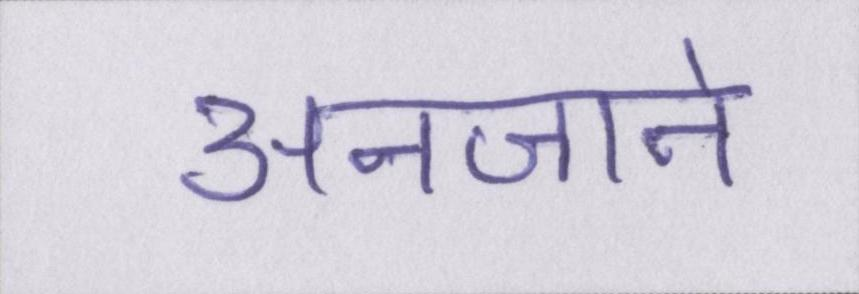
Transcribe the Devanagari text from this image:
अनजाने